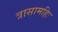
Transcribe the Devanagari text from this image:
त्रासामहिः